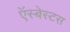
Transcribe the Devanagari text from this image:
ऍस्बेस्टस